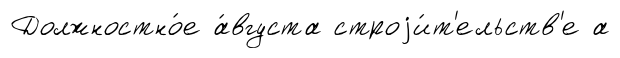
Должностно́е а́вгуста строjи́т'ельств'е а